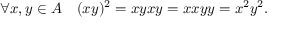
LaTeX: \forall x , y \in A \quad ( x y ) ^ { 2 } = x y x y = x x y y = x ^ { 2 } y ^ { 2 } .